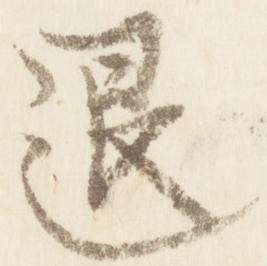
退